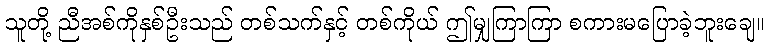
သူတို့ ညီအစ်ကိုနှစ်ဦးသည် တစ်သက်နှင့် တစ်ကိုယ် ဤမျှကြာကြာ စကားမပြောခဲ့ဘူးချေ။